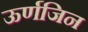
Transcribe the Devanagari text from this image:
ऊर्णजिन